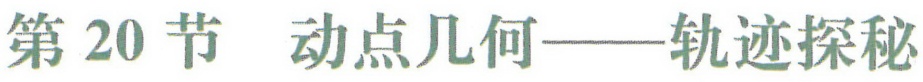
第 20 节  动点几何——轨迹探秘